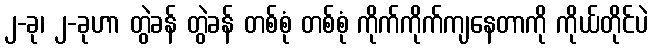
၂-ခု၊ ၂-ခုဟာ တွဲခန် တွဲခန် တစ်စုံ တစ်စုံ ကိုက်ကိုက်ကျနေတာကို ကိုယ်တိုင်ပဲ